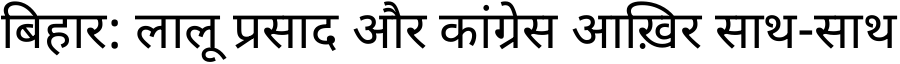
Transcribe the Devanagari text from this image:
बिहार: लालू प्रसाद और कांग्रेस आख़िर साथ-साथ